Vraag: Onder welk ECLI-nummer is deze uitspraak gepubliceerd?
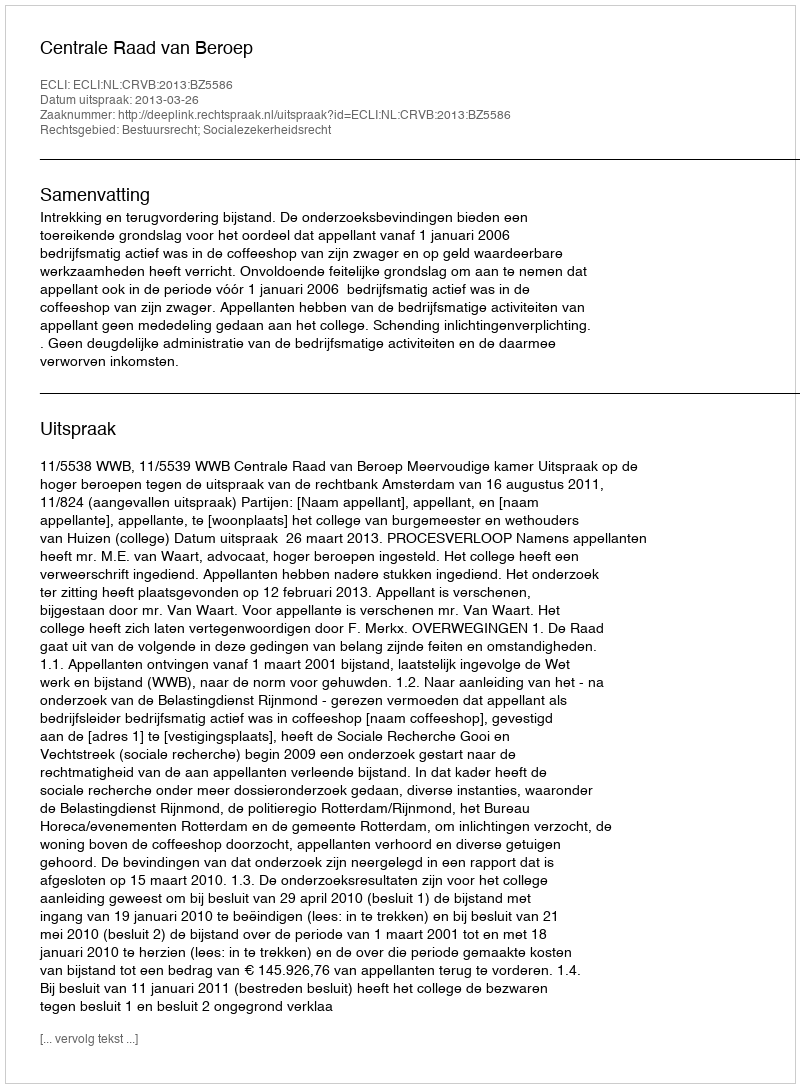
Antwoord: ECLI:NL:CRVB:2013:BZ5586